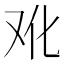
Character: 𰆳